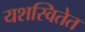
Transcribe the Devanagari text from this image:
यशस्वितेत